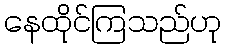
နေထိုင်ကြသည်ဟု